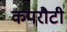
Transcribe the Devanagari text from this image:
कपरौटी